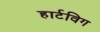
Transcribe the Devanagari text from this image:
हार्टविग